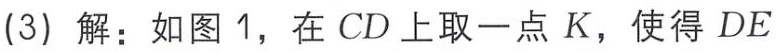
(3) 解：如图 1，在 \(CD\) 上取一点 \(K\)，使得 \(DE\)